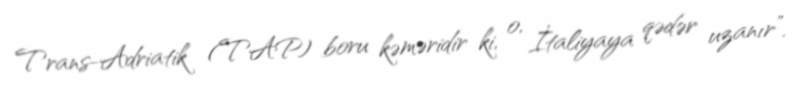
Trans-Adriatik (TAP) boru kəməridir ki, o, İtaliyaya qədər uzanır”.